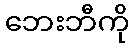
ဘေးဘီကို